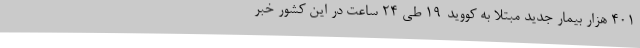
۴۰۱ هزار بیمار جدید مبتلا به کووید-۱۹ طی ۲۴ ساعت در این کشور خبر